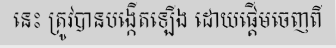
នេះ ត្រូវបានបង្កើតឡើង ដោយផ្តើមចេញពី